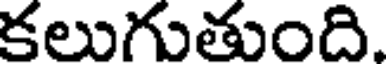
కలుగుతుంది.